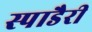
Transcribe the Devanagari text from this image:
स्पाडैरी